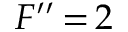
F ^ { \prime \prime } \, { = } \, 2